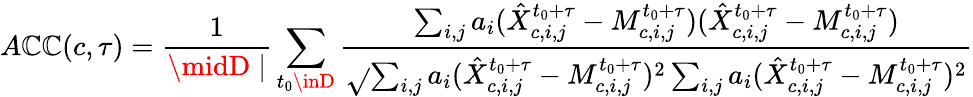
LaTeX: A\mathbb{C}\mathbb{C}(c,\tau)=\frac{{1}}{{\midD\mid}}\sum_{t_{0}\inD}\frac{{\sum_{i,j}a_{i}(\hat{{X}}_{c,i,j}^{t_{0}+\tau}-M_{c,i,j}^{t_{0}+\tau})(\hat{{X}}_{c,i,j}^{t_{0}+\tau}-M_{c,i,j}^{t_{0}+\tau})}}{{\sqrt{}{{\sum_{i,j}a_{i}(\hat{{X}}_{c,i,j}^{t_{0}+\tau}-M_{c,i,j}^{t_{0}+\tau})^{2}\sum_{i,j}a_{i}(\hat{{X}}_{c,i,j}^{t_{0}+\tau}-M_{c,i,j}^{t_{0}+\tau})^{2}}}}}